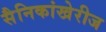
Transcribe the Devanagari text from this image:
सैनिकांखेरीज